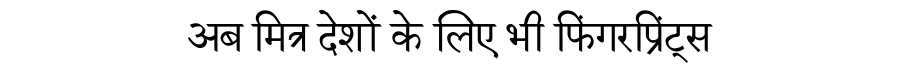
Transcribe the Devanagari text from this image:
अब मित्र देशों के लिए भी फिंगरप्रिंट्स